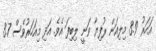
އަހަރު 3.9 މިލިއަން ރުފިޔާ ވަނީ ލިބިފަ އެވެ. އަދި މިއަހަރުވެސް 3.7